Riigikantselei, lk 53
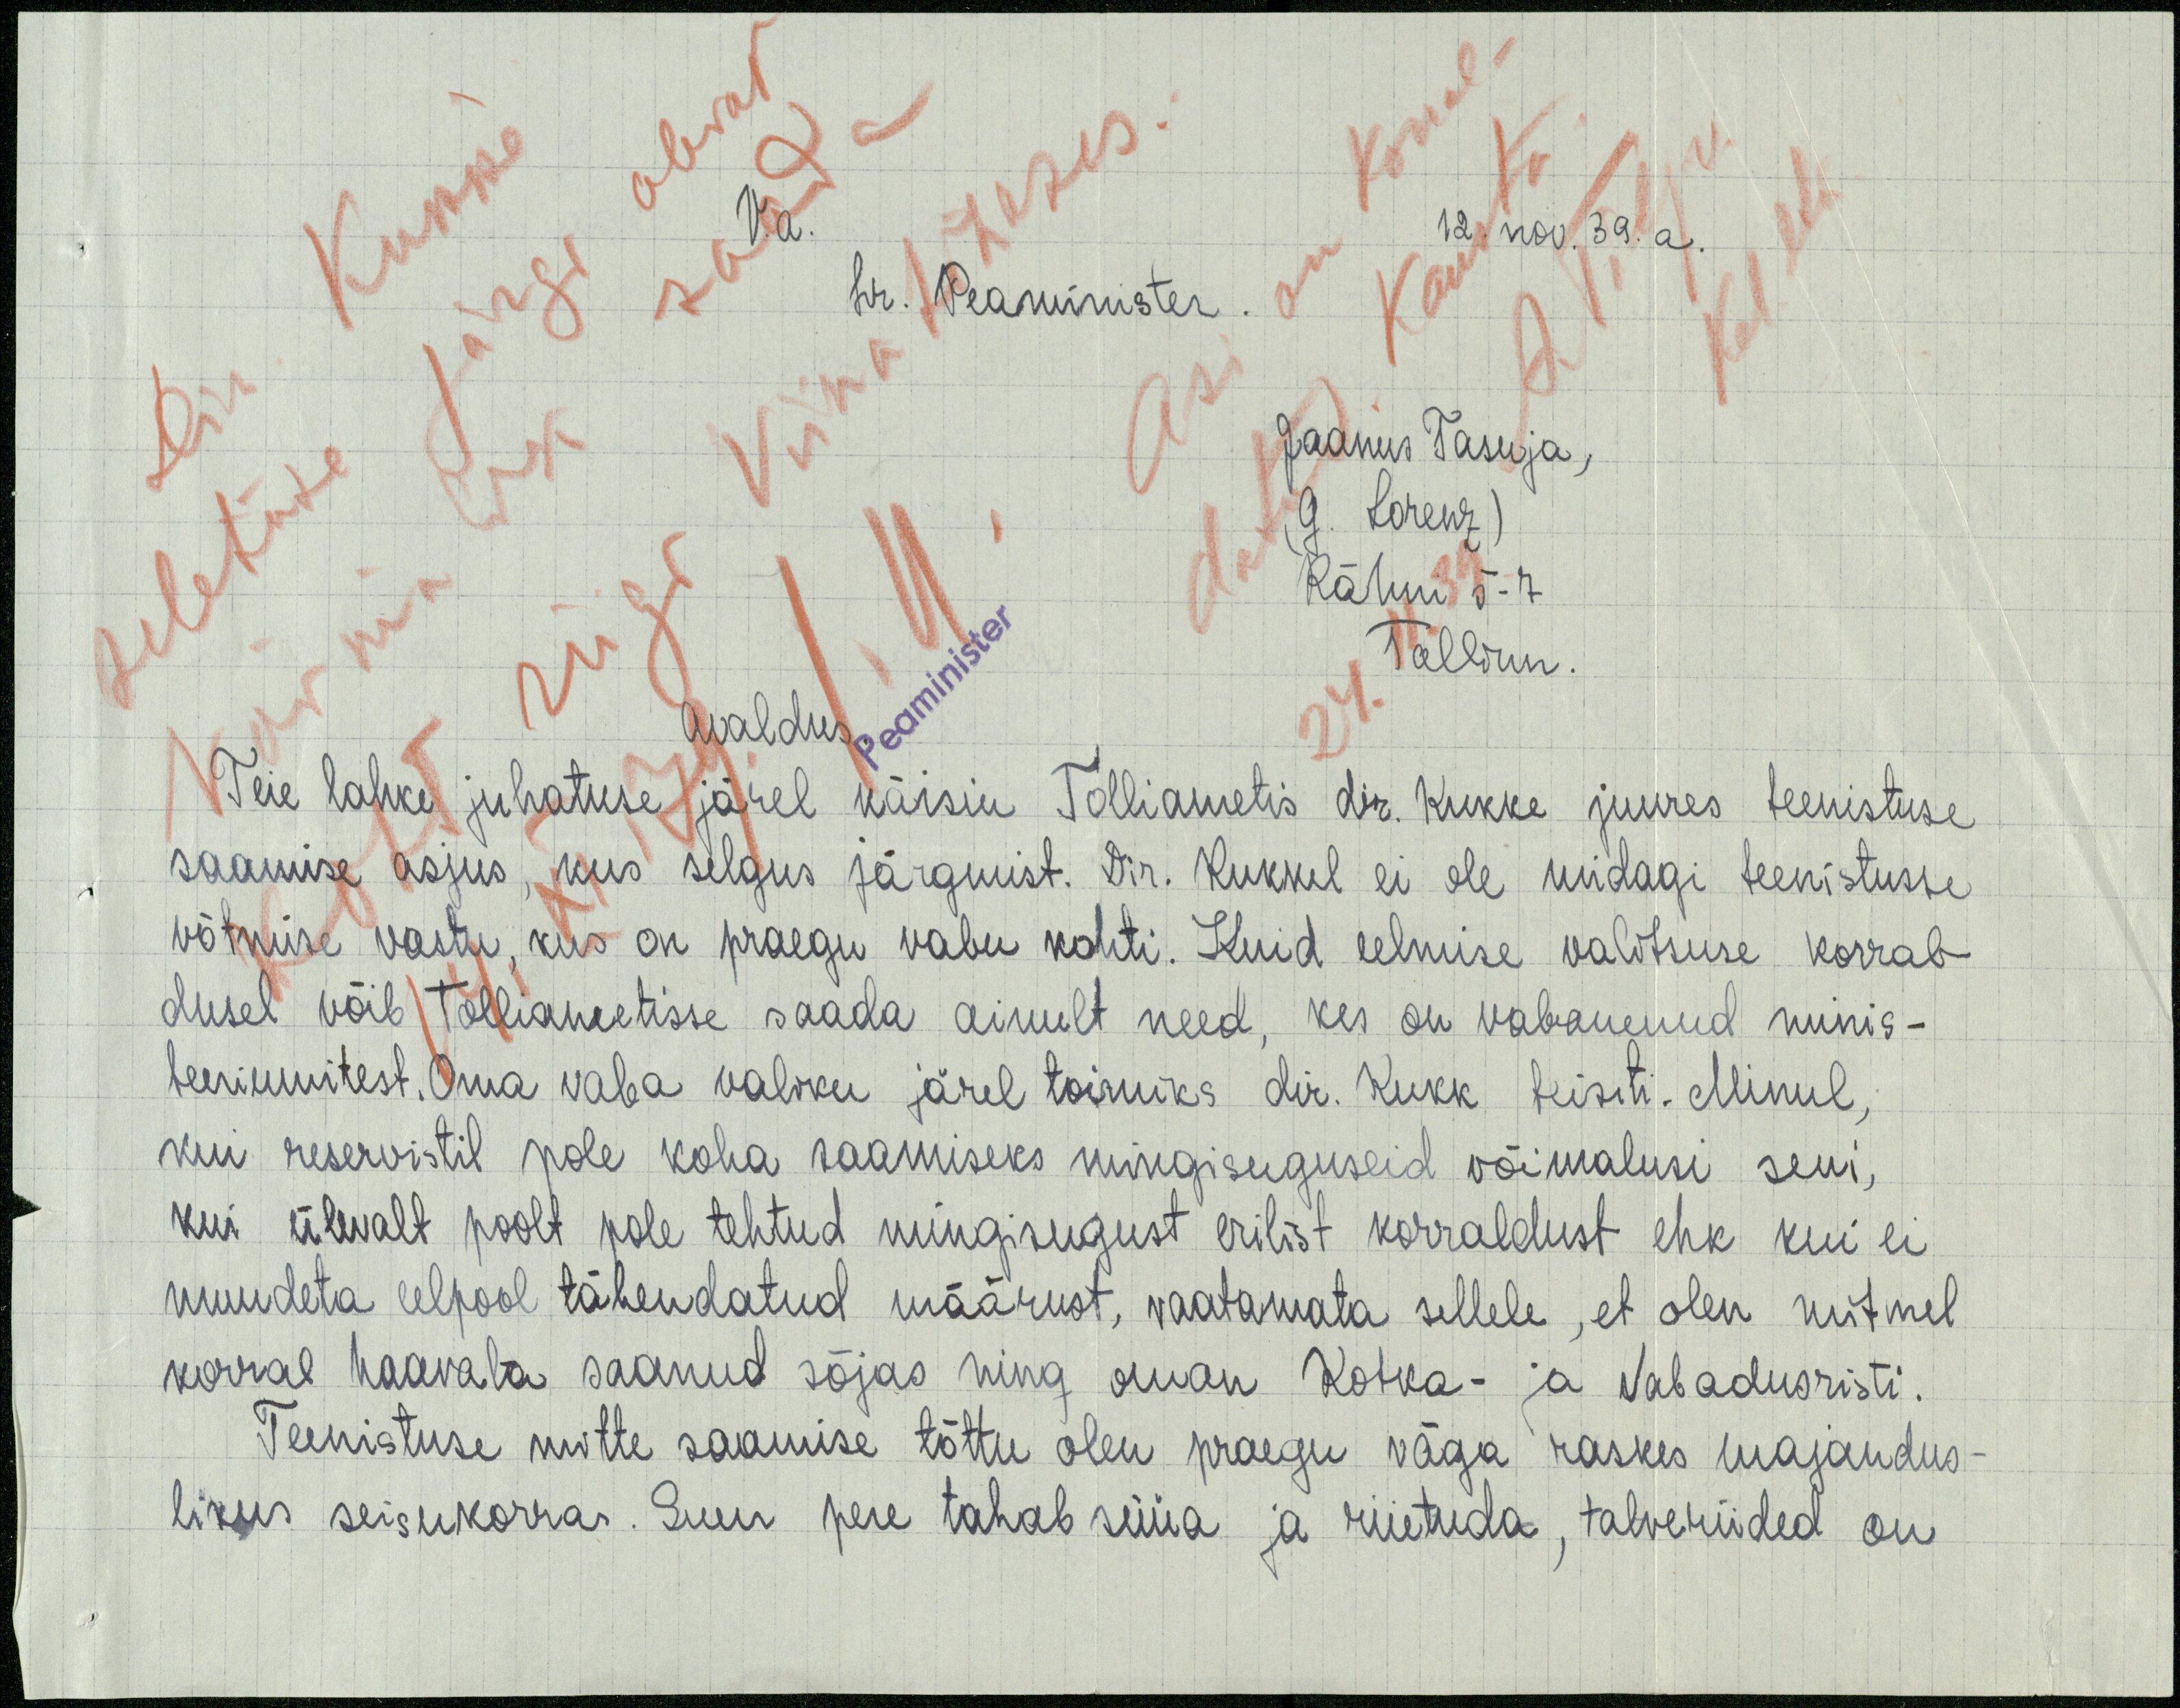
V.a.
12. nov. 39. a.
hr. Peaminister.
Jaanus Tasuja,
(G. Lorenz)
Rähni 5-4
Tallinn.
Avaldus
Teie lahke juhatuse järel käisin Tolliametis dir. Kukke juures teenistuse
saamise asjus, kus selgus järgmist. Dir. Kukkel ei ole midagi teenistusse
võtmise vastu, kus on praegu vabu kohti. Kuid eelmise valitsuse korral-
dusel võib Tolliametisse saada ainult need, kes on vabanenud minis-
teerikumitest. Oma vaba valiku järel toimiks dir. Kukk teisiti. Minul,
kui reservistil pole koha saamiseks mingisuguseid võimalusi seni,
kui ülevalt poolt pole tehtud mingisugust erilist korraldust ehk kui ei
muudeta eelpool tähendatud määrust, vaatamata sellele, et olen mitmel
korral haavata saanud sõjas ning oman Kotka- ja vabadusristi.
Teenistuse mitte saamise tõttu olen praegu väga raskes majandus-
likus seisukorras. Suur pere tahab süüa ja riietuda, talveriided on